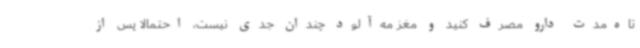
تاه‌مدت دارو مصرف کنید و مغز مه‌آلود چندان جدی نیست، احتمالا پس از